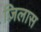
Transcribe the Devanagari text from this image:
ज़िलास